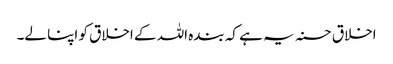
اخلاق حسنہ یہ ہے کہ بندہ اللہ کے اخلاق کو اپنا لے۔